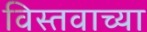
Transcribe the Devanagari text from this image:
विस्तवाच्या